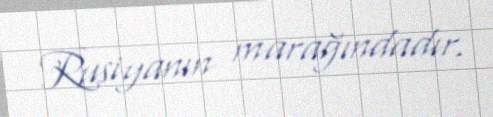
Rusiyanın marağındadır.